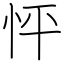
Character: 怦